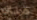
هناك